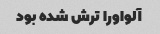
آلواورا ترش شده بود